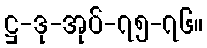
ဋ္ဌ-ဒု-အုပ်-၇၅-၇၆။